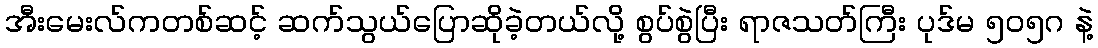
အီးမေးလ်ကတစ်ဆင့် ဆက်သွယ်ပြောဆိုခဲ့တယ်လို့ စွပ်စွဲပြီး ရာဇသတ်ကြီး ပုဒ်မ ၅၀၅ဂ နဲ့